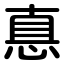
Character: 悳